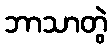
ဘာသာတွဲ